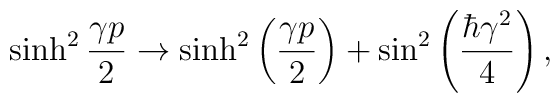
\sinh^2\frac{\gamma p}{2}\rightarrow \sinh^2\left(\frac{\gamma p}{2}\right)+\sin^2\left(\frac{\hbar\gamma^2}{4}\right),